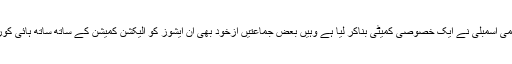
دریں اثناء اس تمام صورت حال کا نوٹس جہاں قومی اسمبلی نے ایک خصوصی کمیٹی بناکر لیا ہے وہیں بعض جماعتیں ازخود بھی ان ایشوز کو الیکشن کمیشن کے ساتھ ساتھ ہائی کورٹ کی سطح پر اٹھانے کے لیے پر تول رہی ہیں۔